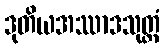
ဒုတိယအဿာဒသုတ္တံ